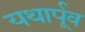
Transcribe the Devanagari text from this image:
यथार्पूव